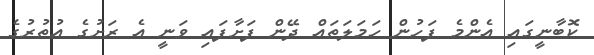
ކޮބާނީގައި އެންމެ ފަހުން ހަމަލަތައް ދޭން ފަށާފައި ވަނީ އެ ރަށުގެ އުތުރުގެ